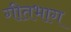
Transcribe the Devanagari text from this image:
गीतभाग